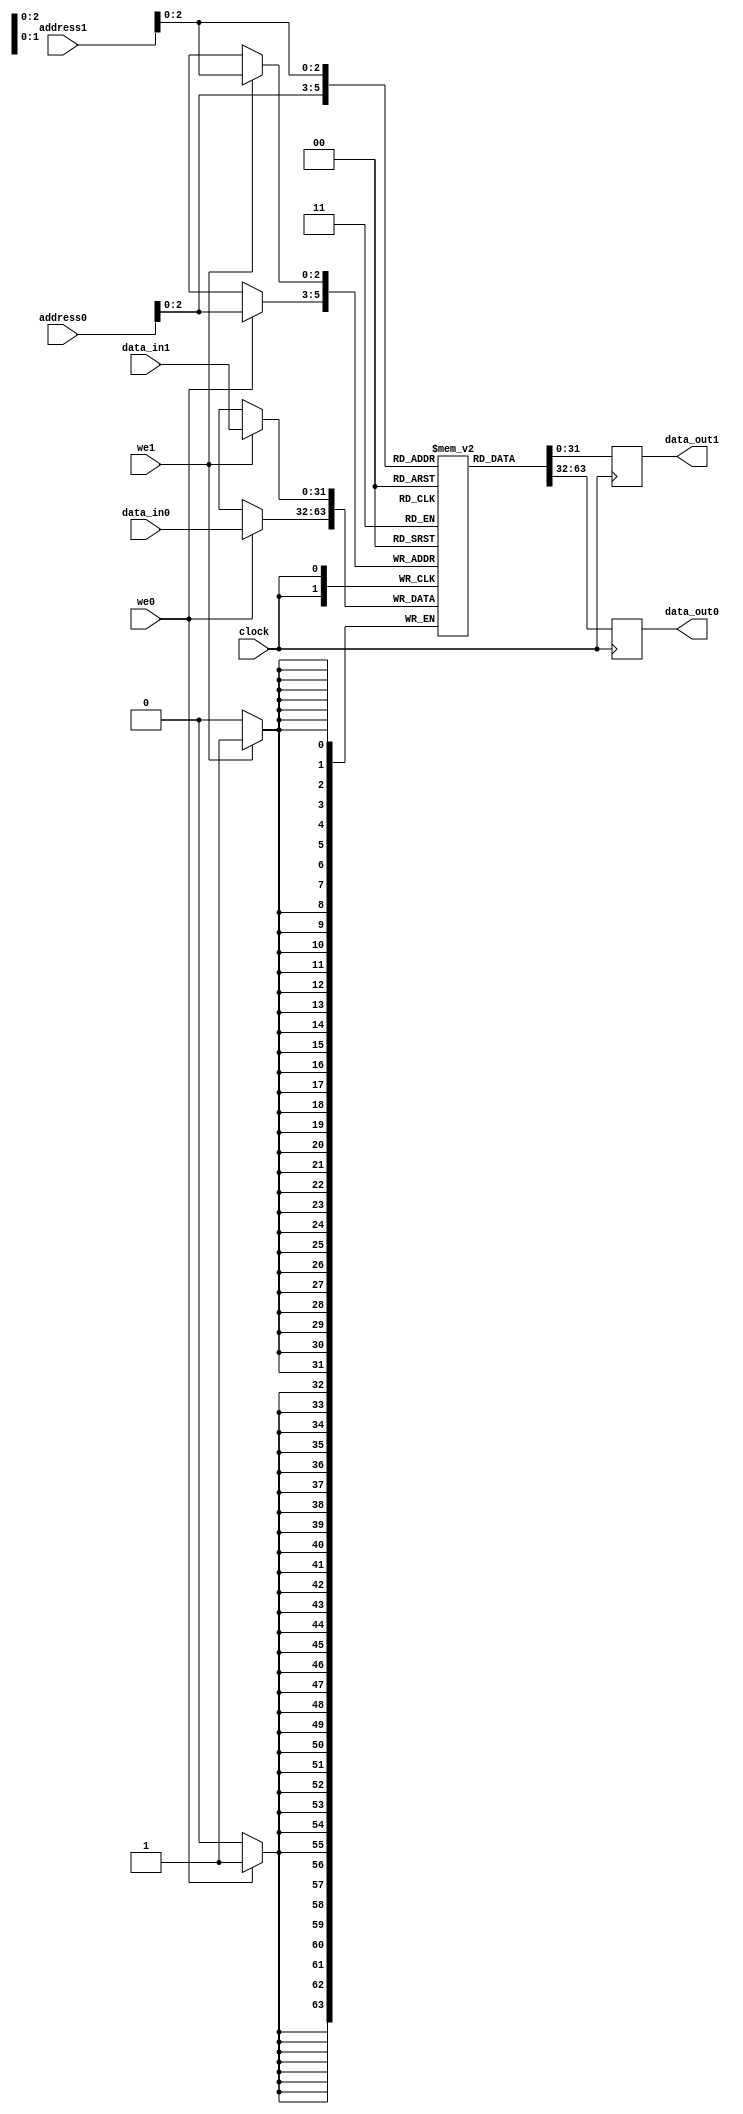
module bram #(
parameter DATA_WIDTH = 32,
          ADDR_WIDTH = 32,
	      DEPTH      = 6,
          INIT_FILE  = "./memory.mem"
)(
input clock, 
input we0, we1,
input [DATA_WIDTH-1 : 0] data_in0, data_in1,
input [ADDR_WIDTH-1 : 0] address0, address1,
output [DATA_WIDTH-1 : 0] data_out0, data_out1
);

reg [DATA_WIDTH-1 : 0] data_reg0, data_reg1;

//(* ramstyle = "M4K,no_rw_check" *) reg [DATA_WIDTH-1 : 0] mem [0 : DEPTH-1];
reg [DATA_WIDTH-1 : 0] mem [0 : DEPTH-1];

`ifndef SYNTHESIS
initial begin
    $readmemh(INIT_FILE, mem);
end
`endif

always @(posedge clock)begin
	if(we0)
		mem[address0] <= data_in0;
	data_reg0 <= mem[address0];	
end
always @(posedge clock)begin
	if(we1)
		mem[address1] <= data_in1;
	data_reg1 <= mem[address1];	
end

assign data_out0 = data_reg0;
assign data_out1 = data_reg1;

endmodule